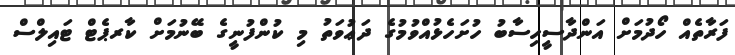
ފަރާތެއް ހޯދުމަށް އަންދާސީހިސާބު ހުށަހެޅުއްވުމުގެ ދަޢުވަތު މި ކުންފުނީގެ ބޭނުމަށް ކާރޕެޓް ޓައިލްސް